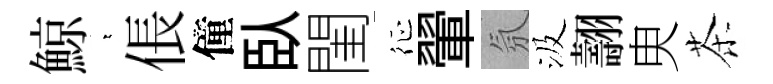
鯨萋倀僮臥閨征翬氛汲翿㬰茶